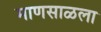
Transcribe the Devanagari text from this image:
माणसाळला